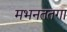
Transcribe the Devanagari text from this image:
मभनततगा